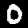
Digit: 0